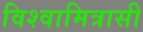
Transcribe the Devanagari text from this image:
विश्वामित्रासी